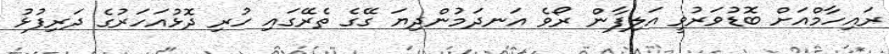
ރައިހާމްއަށް ބޮޑުވަރުވީ އަލިފާން ރޯވެ އަނދަމުންދިޔަ ގޭގެ ތެރޭގައި ހުރި ދޮޅުއަހަރުގެ ދަރިފުޅު